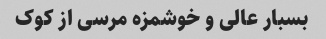
بسبار عالی و خوشمزه مرسی از کوک